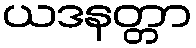
ယဒနတ္တာ